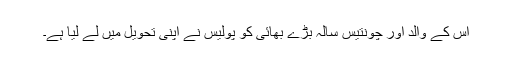
اِس کے والد اور چونتیس سالہ بڑے بھائی کو پولیس نے اپنی تحویل میں لے لیا ہے۔